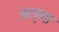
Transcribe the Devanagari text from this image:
अण्‍णा